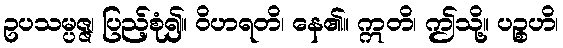
ဥပသမ္ပဇ္ဇ၊ ပြည့်စုံ၍။ ဝိဟရတိ၊ နေ၏။ ဣတိ၊ ဤသို့။ ပဉ္စဟိ၊